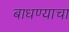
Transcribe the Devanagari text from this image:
बाधण्याचा